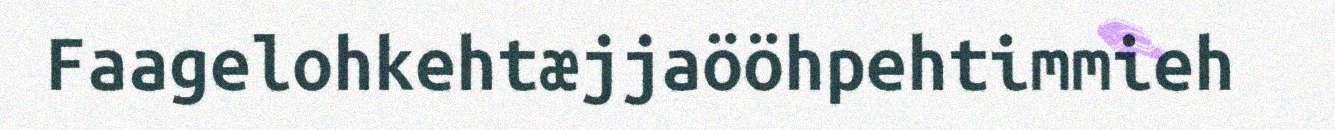
Faagelohkehtæjjaööhpehtimmieh